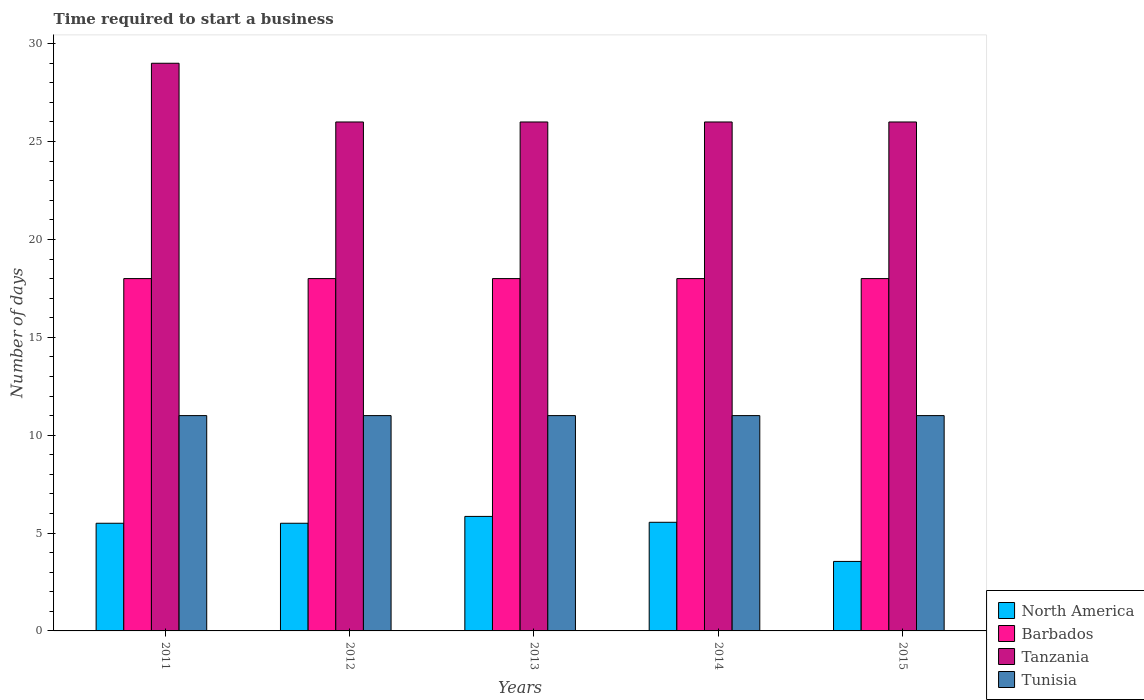
| Years | North America | Barbados | Tanzania | Tunisia |
 | --- | --- | --- | --- | --- |
 | 2011 | 5.5 | 18 | 29 | 11 |
 | 2012 | 5.5 | 18 | 26 | 11 |
 | 2013 | 5.85 | 18 | 26 | 11 |
 | 2014 | 5.55 | 18 | 26 | 11 |
 | 2015 | 3.55 | 18 | 26 | 11 |